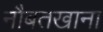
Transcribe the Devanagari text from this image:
नौबतखाना